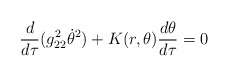
\begin{align*}\frac{d}{d\tau}(g_{22}^2 \dot{\theta}^2)+ K(r,\theta)\frac{d\theta}{d\tau}=0\end{align*}